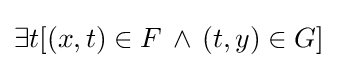
\exists t[(x,t)\in F\,\land \,(t,y)\in G]